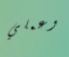
وعملي